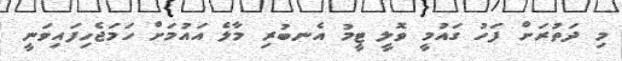
މި ދަތުރަށް ފަހު ގައުމީ ވޮލީ ޓީމު އެނބުރި މާލެ އައުމަށް ހަމަޖެހިފައިވަނީ